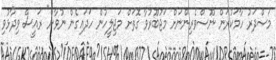
މަސްދަރު ހާމަކުރަން ނޫސްވެރިންނަށް މަޖުބޫރުވާ ގޮތަށް މަޖިލީހުން ހަދައިގެން ނުވާނެ" ރައީސް ވިދާޅުވި